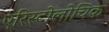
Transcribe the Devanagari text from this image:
एरिस्टोलोचिक